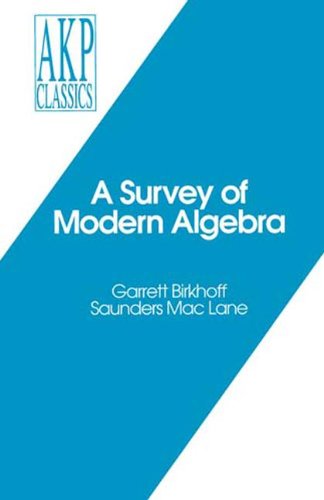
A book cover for A Survey of Modern Algebra (Akp Classics); Garrett Birkhoff; Computers & Technology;